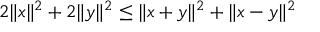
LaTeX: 2 \| x \| ^ { 2 } + 2 \| y \| ^ { 2 } \leq \| x + y \| ^ { 2 } + \| x - y \| ^ { 2 }